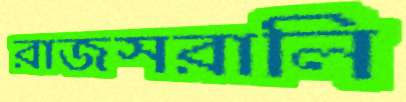
রাজসরালি